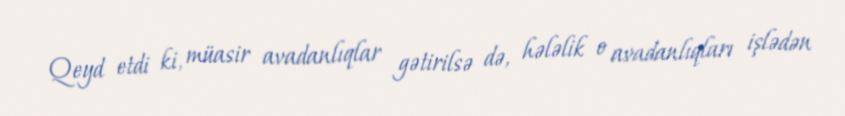
Qeyd etdi ki, müasir avadanlıqlar gətirilsə də, hələlik o avadanlıqları işlədən